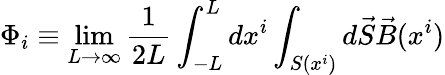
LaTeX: \Phi_{i}\equiv\operatorname*{lim}_{L\rightarrow\infty}\frac{1}{2L}\int_{-L}^{L}dx^{i}\int_{S(x^{i})}d\vec{S}\vec{B}(x^{i})